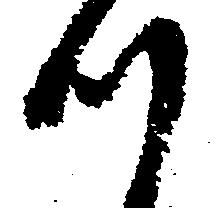
つ